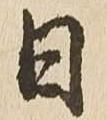
日